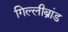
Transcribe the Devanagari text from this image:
गिल्लीब्रांड